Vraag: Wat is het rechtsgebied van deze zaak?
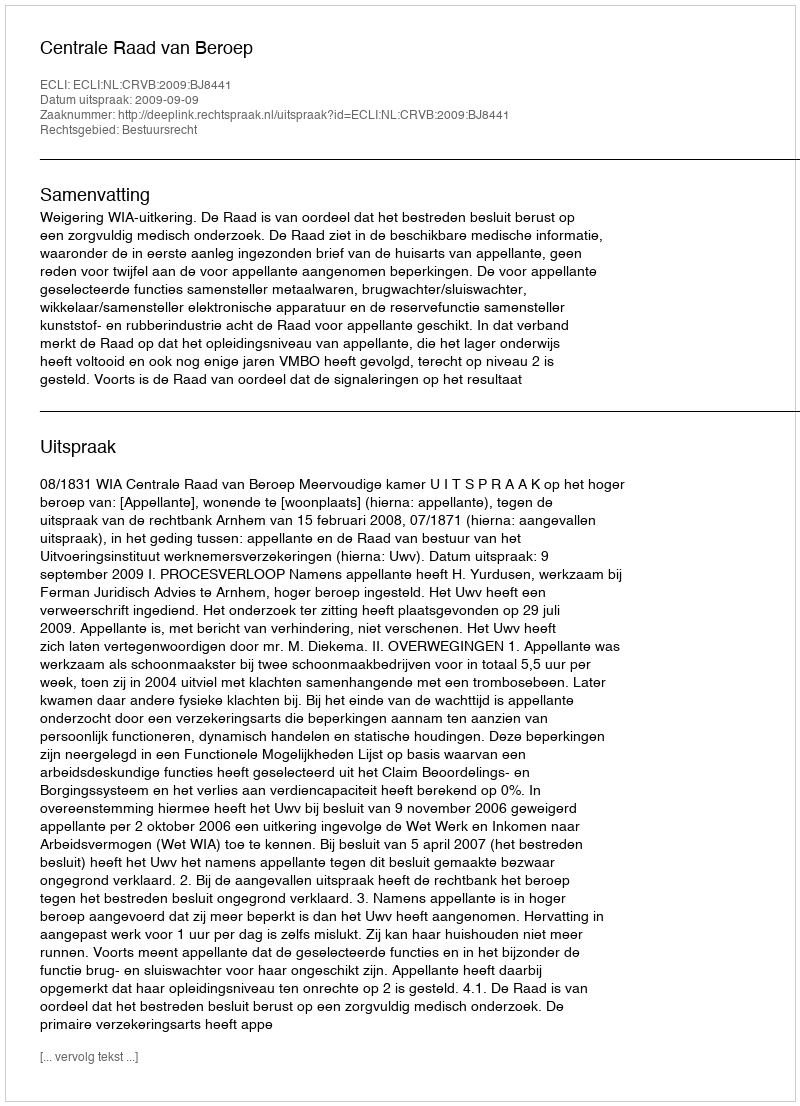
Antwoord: Bestuursrecht